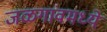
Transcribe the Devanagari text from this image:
जळगांवमध्ये